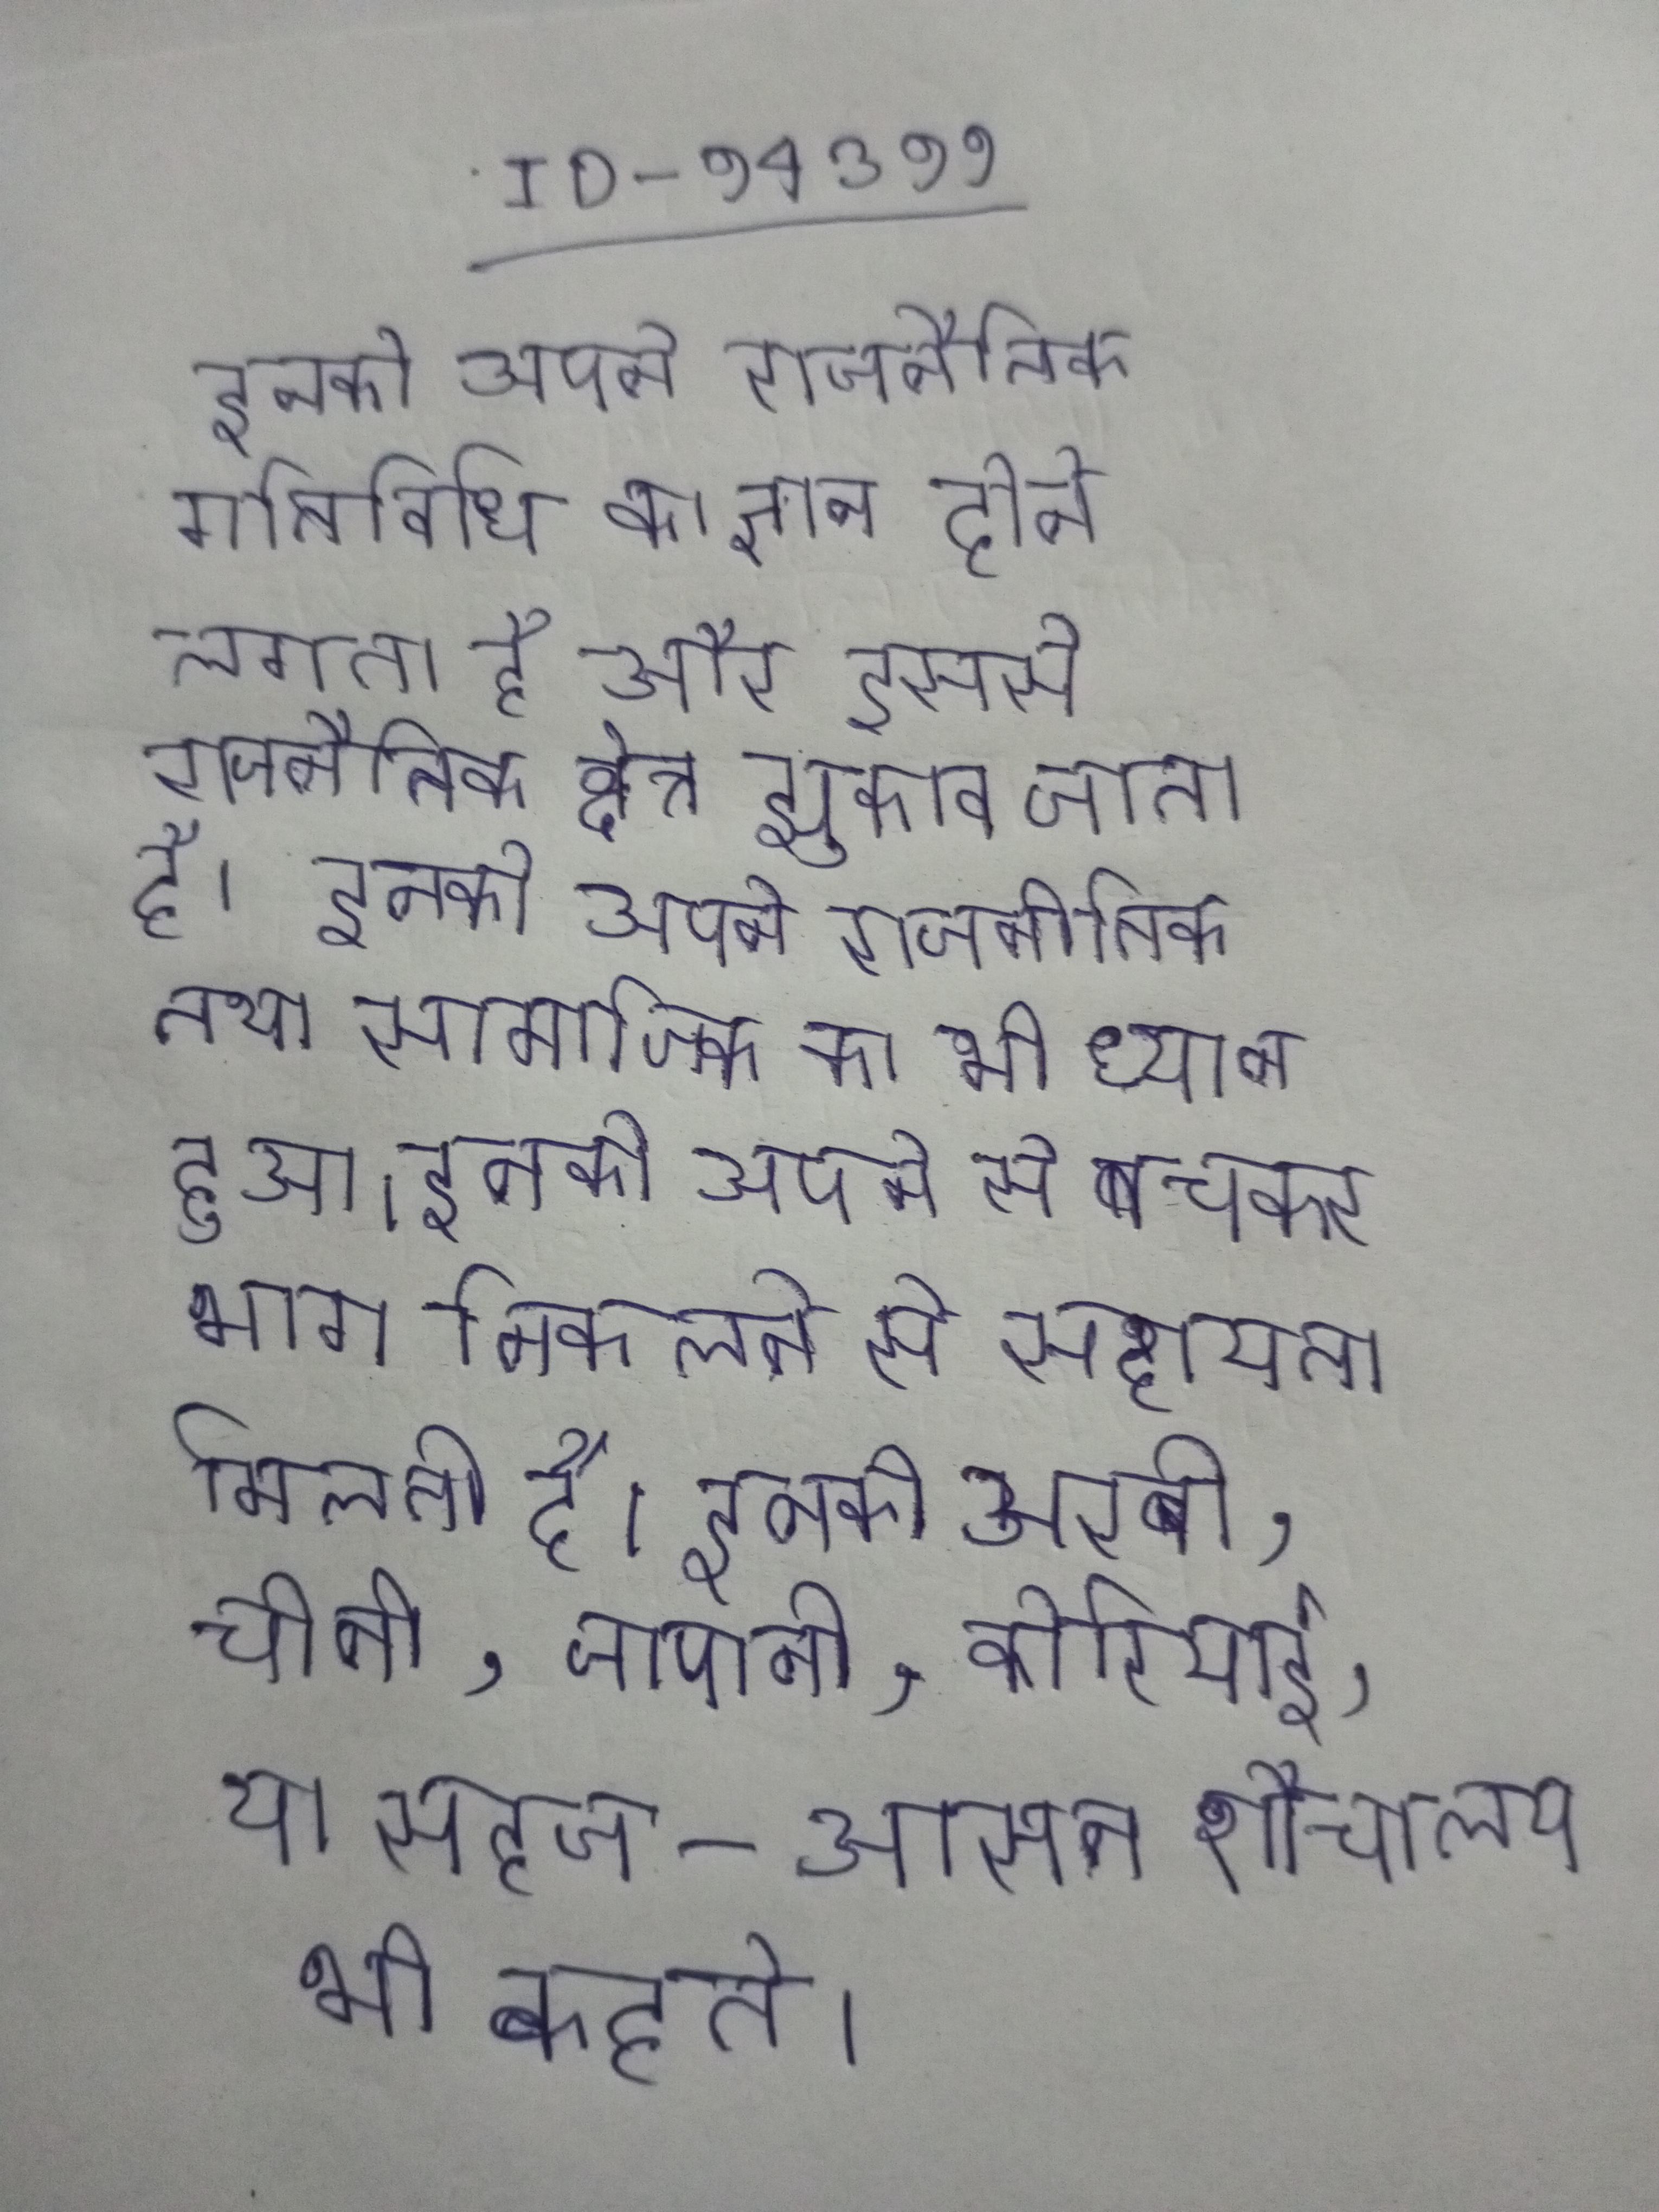
इनको अपने राजनैतिक गतिविधि का ज्ञान होने लगता है और इससे राजनैतिक क्षेत्र झुकाव जाता है । इनको अपने राजनीतिक तथा सामाजिक का भी ध्यान हुआ । इनको अपने से बचकर भाग निकलने से सहायता मिलती है । इनको अरबी, चीनी, जापानी, कोरियाई, या सहज-आसन शौचालय भी कहते ।